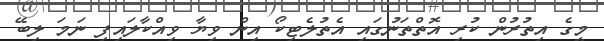
މީގެ އިތުރުން ކުރި އޮތްތަނުގައި އެތުލެޓިކޯ އިން ވިޔާ ވިއްކާލައިފި ނަމަ ލިބޭ